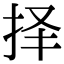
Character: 择